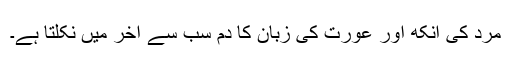
مرد کی آنکھ اور عورت کی زبان کا دم سب سے آخر میں نکلتا ہے۔